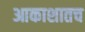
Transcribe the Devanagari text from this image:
आकाशातच